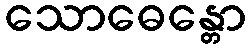
သောဓေန္တော